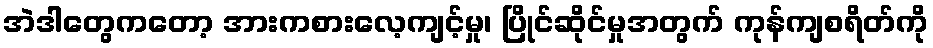
အဲဒါတွေကတော့ အားကစားလေ့ကျင့်မှု၊ ပြိုင်ဆိုင်မှုအတွက် ကုန်ကျစရိတ်ကို